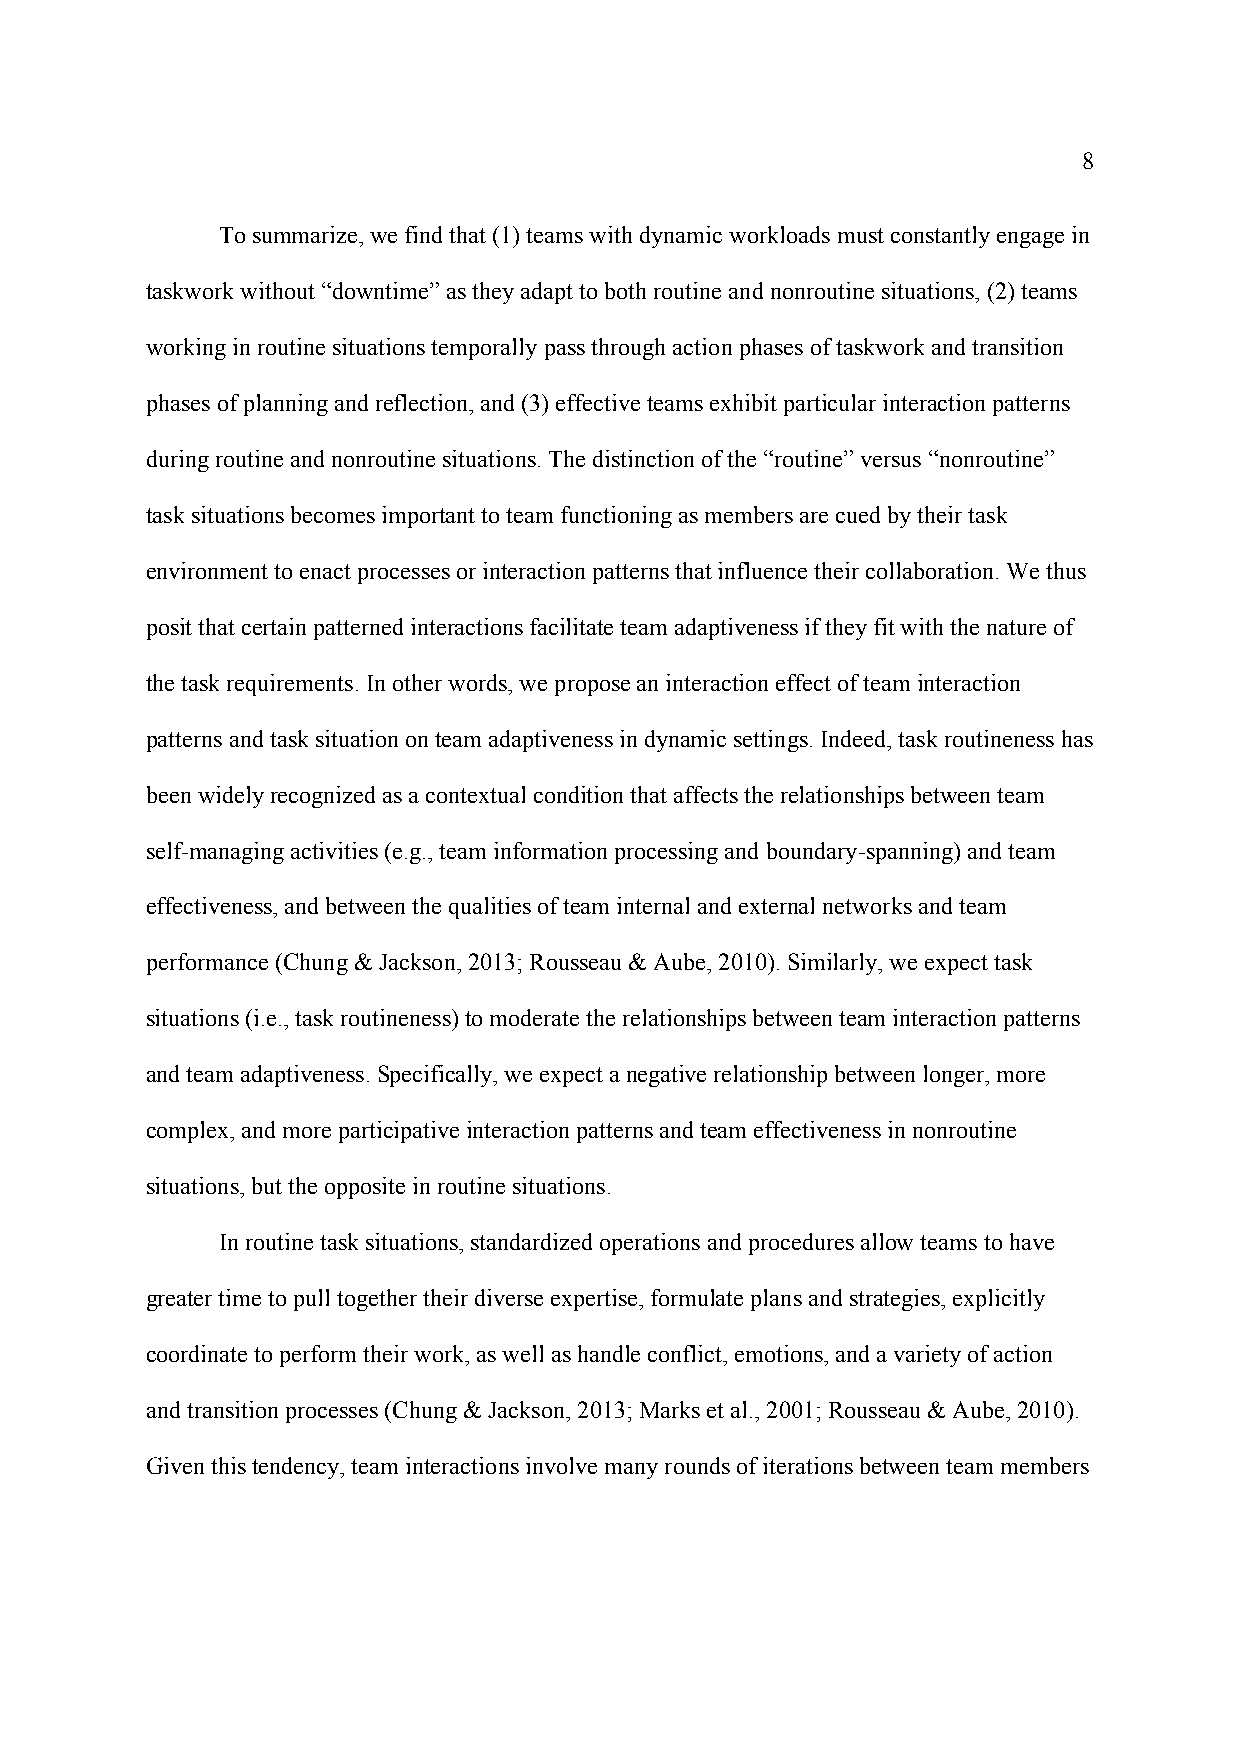
8
 To summarize, we find that (1) teams with dynamic workloads must constantly engage in
 taskwork without “downtime” as they adapt to both routine and nonroutine situations, (2) teams
 working in routine situations temporally pass through action phases of taskwork and transition
 phases of planning and reflection, and (3) effective teams exhibit particular interaction patterns
 during routine and nonroutine situations. The distinction of the “routine” versus “nonroutine”
 task situations becomes important to team functioning as members are cued by their task
 environment to enact processes or interaction patterns that influence their collaboration. We thus
 posit that certain patterned interactions facilitate team adaptiveness if they fit with the nature of
 the task requirements. In other words, we propose an interaction effect of team interaction
 patterns and task situation on team adaptiveness in dynamic settings. Indeed, task routineness has
 been widely recognized as a contextual condition that affects the relationships between team
 self-managing activities (e.g., team information processing and boundary-spanning) and team
 effectiveness, and between the qualities of team internal and external networks and team
 performance (Chung & Jackson, 2013; Rousseau & Aube, 2010). Similarly, we expect task
 situations (i.e., task routineness) to moderate the relationships between team interaction patterns
 and team adaptiveness. Specifically, we expect a negative relationship between longer, more
 complex, and more participative interaction patterns and team effectiveness in nonroutine
 situations, but the opposite in routine situations.
 In routine task situations, standardized operations and procedures allow teams to have
 greater time to pull together their diverse expertise, formulate plans and strategies, explicitly
 coordinate to perform their work, as well as handle conflict, emotions, and a variety of action
 and transition processes (Chung & Jackson, 2013; Marks et al., 2001; Rousseau & Aube, 2010).
 Given this tendency, team interactions involve many rounds of iterations between team members